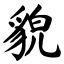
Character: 貌